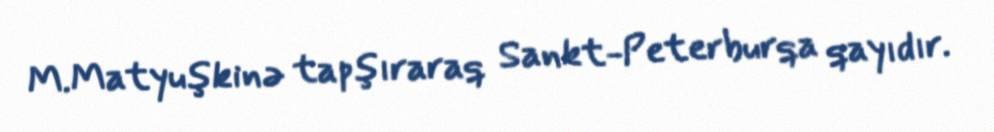
M.Matyuşkinə tapşıraraq Sankt-Peterburqa qayıdır.